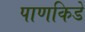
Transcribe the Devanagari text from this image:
पाणकिडे